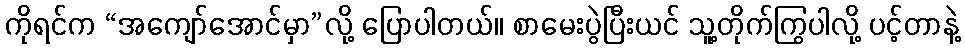
ကိုရင်က “အကျော်အောင်မှာ”လို့ ပြောပါတယ်။ စာမေးပွဲပြီးယင် သူ့တိုက်ကြွပါလို့ ပင့်တာနဲ့